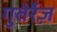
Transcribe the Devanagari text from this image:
गुतेर्रेज़